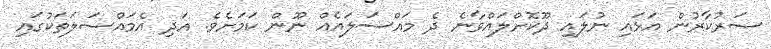
ސަރުކާރުން އަޅައި ނުލަައި ދޫކޮށްލައްވާނެ ދެ މައްސަލައެއް ނޫން ކަމަށެވެ. އަދި އެމައްސަލަތަކުގައި